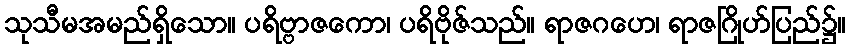
သုသီမအမည်ရှိသော။ ပရိဗ္ဗာဇကော၊ ပရိဗိုဇ်သည်။ ရာဇဂဟေ၊ ရာဇဂြိုဟ်ပြည်၌။